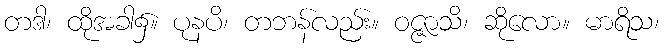
တဒါ၊ ထိုအခါ၌။ ပုနပိ၊ တဘန်လည်း။ ဝဇ္ဇာသိ၊ ဆိုလော။ မာရိသ၊